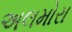
અલમોરા